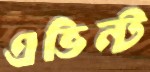
এভিন্ট